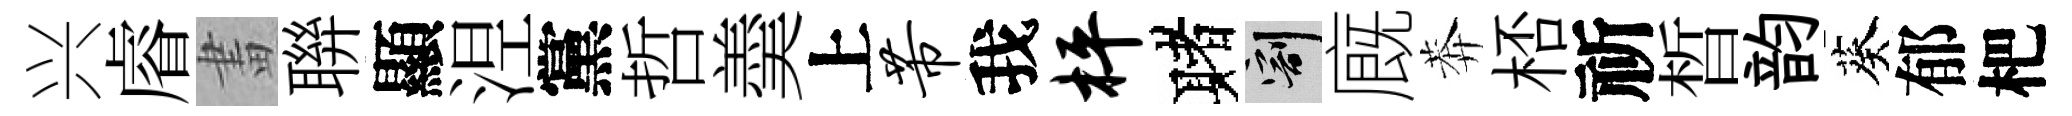
兴𥈠畫聨顯𣵀黨哲羮上芾我枰赌割廐莾桮祈晳韵葵郁杷